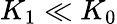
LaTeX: K_{1}\ll K_{0}